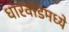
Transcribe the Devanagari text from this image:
धारवाडमध्ये